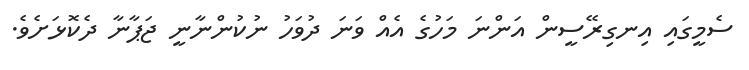
ސެމީގައި އިނގިރޭސީން އަންނަ މަހުގެ އެއް ވަނަ ދުވަހު ނުކުންނާނީ ޖަޕާނާ ދެކޮޅަށެވެ.